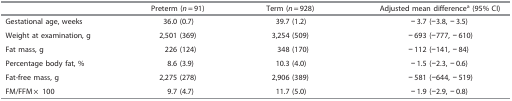
|  | Preterm (n=91) | Term (n=928) | Adjusted mean differencea (95% CI) |
 | --- | --- | --- | --- |
 | Gestational age, weeks | 36.0 (0.7) | 39.7 (1.2) | −3.7 (−3.8, −3.5) |
 | Weight at examination, g | 2,501 (369) | 3,254 (509) | −693 (−777, −610) |
 | Fat mass, g | 226 (124) | 348 (170) | −112 (−141, −84) |
 | Percentage body fat, % | 8.6 (3.9) | 10.3 (4.0) | −1.5 (−2.3, −0.6) |
 | Fat-free mass, g | 2,275 (278) | 2,906 (389) | −581 (−644, −519) |
 | FM/FFM × 100 | 9.7 (4.7) | 11.7 (5.0) | −1.9 (−2.9, −0.8) |